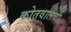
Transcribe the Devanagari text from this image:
कोतवालची